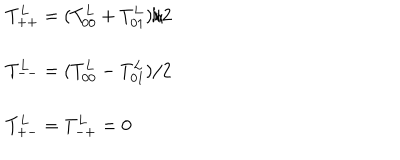
LaTeX: \begin{array} { l l } { { T _ { + + } ^ { L } = ( T _ { 0 0 } ^ { L } + T _ { 0 1 } ^ { L } ) / 2 } } \\ { { T _ { -- } ^ { L } = ( T _ { 0 0 } ^ { L } - T _ { 0 1 } ^ { L } ) / 2 } } \\ { { T _ { + - } ^ { L } = T _ { - + } ^ { L } = 0 } } \\ \end{array}